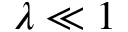
\lambda \ll 1